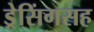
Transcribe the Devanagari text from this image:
ड्रेसिंगसह